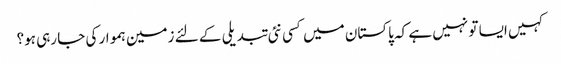
کہیں ایسا تو نہیں ہے کہ پاکستان میں کسی نئی تبدیلی کے لئے زمین ہموار کی جا رہی ہو؟